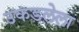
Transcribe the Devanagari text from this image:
उकडलेला